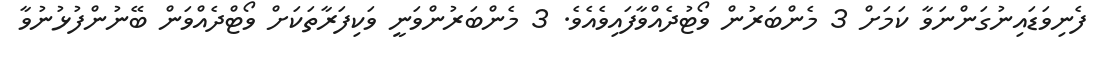
ފެނިވަޑައިނުގަންނަވާ ކަމަށް 3 މެންބަރުން ވޯޓުދެއްވާފައިވެއެވެ. 3 މެންބަރުންވަނީ ވަކިފަރާތަކަށް ވޯޓްދެއްވަން ބޭނުންފުޅުނުވާ